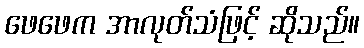
ဖေဖေက အာလုတ်သံဖြင့် ဆိုသည်။